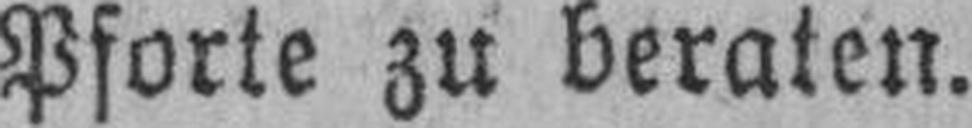
Pforte zu beraten.